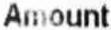
AMOUNT